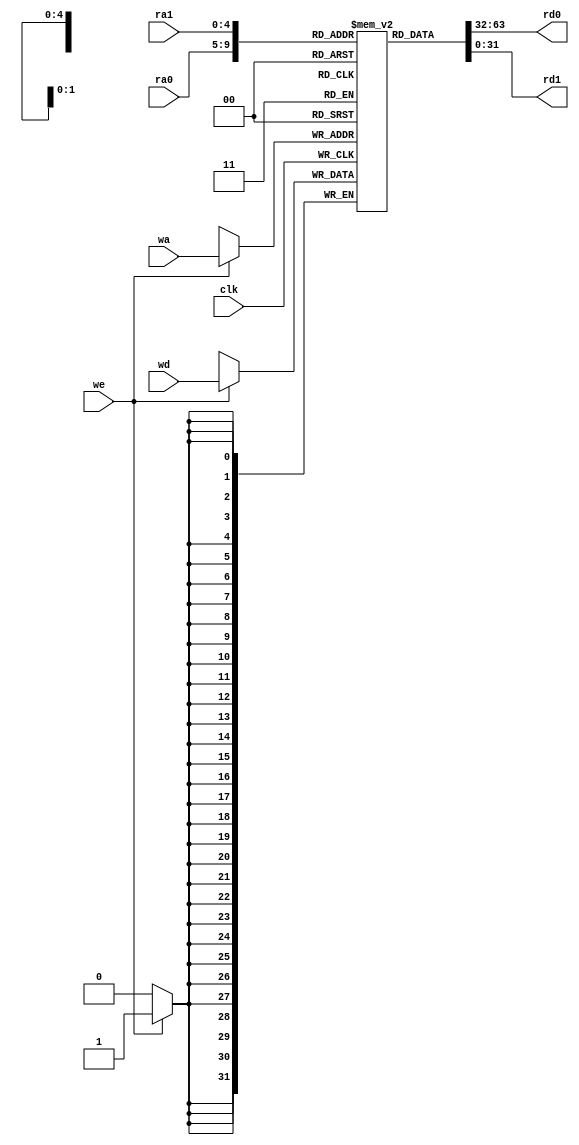
`timescale 1ns / 1ps
//////////////////////////////////////////////////////////////////////////////////
// Company: 
// Engineer: 
// 
// Design Name: 
// Module Name: register_file
// Project Name: 
// Target Devices: 
// Tool Versions: 
// Description: 
// 
// Dependencies: 
// 
// Revision:
// Revision 0.01 - File Created
// Additional Comments:
// 
//////////////////////////////////////////////////////////////////////////////////


module register_file
	#(parameter WIDTH = 32)
	(
		input clk,
		input [4:0] ra0,			// read port 0 addr
		output [WIDTH-1:0] rd0,		// read port 0 data
		input [4:0] ra1,			// read port 1 addr
		output [WIDTH-1:0] rd1,		// read port 1 data
		input [4:0] wa,				// write port addr
		input we,					// write enable, valid at '1'
		input [WIDTH-1:0] wd		// write port data
	);

	reg [WIDTH-1:0] reg_file [0:31];

	assign rd0 = reg_file[ra0];
	assign rd1 = reg_file[ra1];

	always @(posedge clk) begin
		if (we) begin
			reg_file[wa] = wd;
		end
	end
endmodule